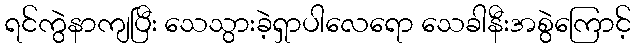
ရင်ကွဲနာကျပြီး သေသွားခဲ့ရှာပါလေရော သေခါနီးအစွဲကြောင့်